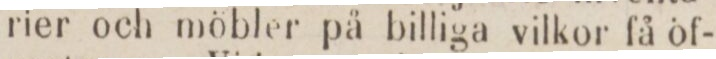
rier och möbler på billiga vilkor få öf-